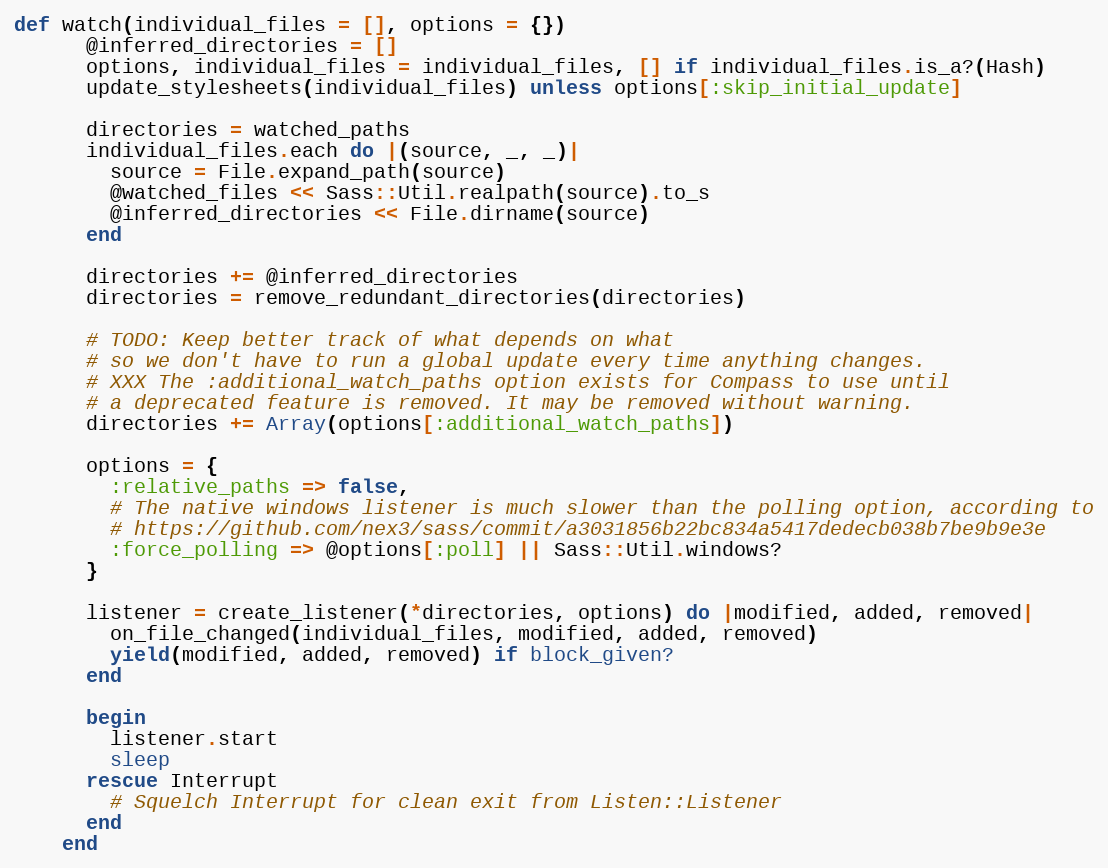
Language: Ruby
def watch(individual_files = [], options = {})
      @inferred_directories = []
      options, individual_files = individual_files, [] if individual_files.is_a?(Hash)
      update_stylesheets(individual_files) unless options[:skip_initial_update]

      directories = watched_paths
      individual_files.each do |(source, _, _)|
        source = File.expand_path(source)
        @watched_files << Sass::Util.realpath(source).to_s
        @inferred_directories << File.dirname(source)
      end

      directories += @inferred_directories
      directories = remove_redundant_directories(directories)

      # TODO: Keep better track of what depends on what
      # so we don't have to run a global update every time anything changes.
      # XXX The :additional_watch_paths option exists for Compass to use until
      # a deprecated feature is removed. It may be removed without warning.
      directories += Array(options[:additional_watch_paths])

      options = {
        :relative_paths => false,
        # The native windows listener is much slower than the polling option, according to
        # https://github.com/nex3/sass/commit/a3031856b22bc834a5417dedecb038b7be9b9e3e
        :force_polling => @options[:poll] || Sass::Util.windows?
      }

      listener = create_listener(*directories, options) do |modified, added, removed|
        on_file_changed(individual_files, modified, added, removed)
        yield(modified, added, removed) if block_given?
      end

      begin
        listener.start
        sleep
      rescue Interrupt
        # Squelch Interrupt for clean exit from Listen::Listener
      end
    end